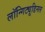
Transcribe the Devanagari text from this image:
लॉन्गिट्यूडिनल